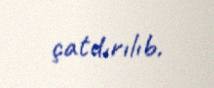
çatdırılıb.